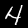
Digit: 4